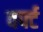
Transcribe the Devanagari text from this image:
वर्फ्ट